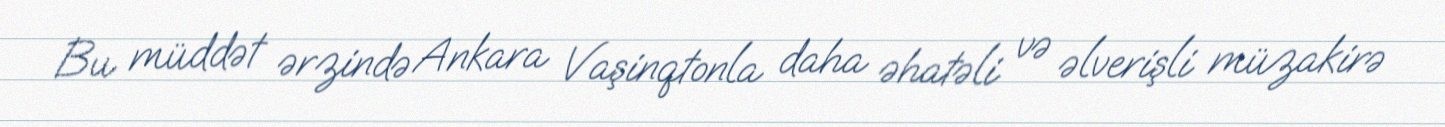
Bu müddət ərzində Ankara Vaşinqtonla daha əhatəli və əlverişli müzakirə